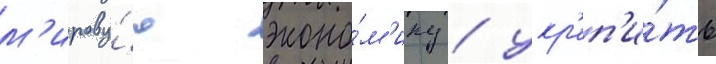
м'ирову́ю эконо́м'ику / укр'еп'и́ть